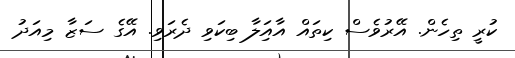
ކުރީ ތިހެން. އޭރުވެސް ކިތައް އާއިަލާ ބިކަވި ދެެރަވި. އޭގެ ސަޒާ މިއަދު